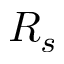
R _ { s }